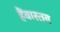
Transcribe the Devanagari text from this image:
हैंवास्तव